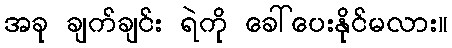
အခု ချက်ချင်း ရဲကို ခေါ်ပေးနိုင်မလား။